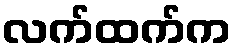
လက်ထက်က